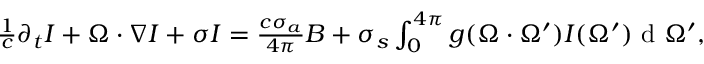
\begin{array} { r } { \frac { 1 } { c } \partial _ { t } I + { \Omega } \cdot \nabla I + \sigma I = \frac { c \sigma _ { a } } { 4 \pi } B + \sigma _ { s } \int \displaylimits _ { 0 } ^ { 4 \pi } g ( { \Omega } \cdot { \Omega } ^ { \prime } ) I ( { \Omega } ^ { \prime } ) \textrm { d } { \Omega } ^ { \prime } , } \end{array}